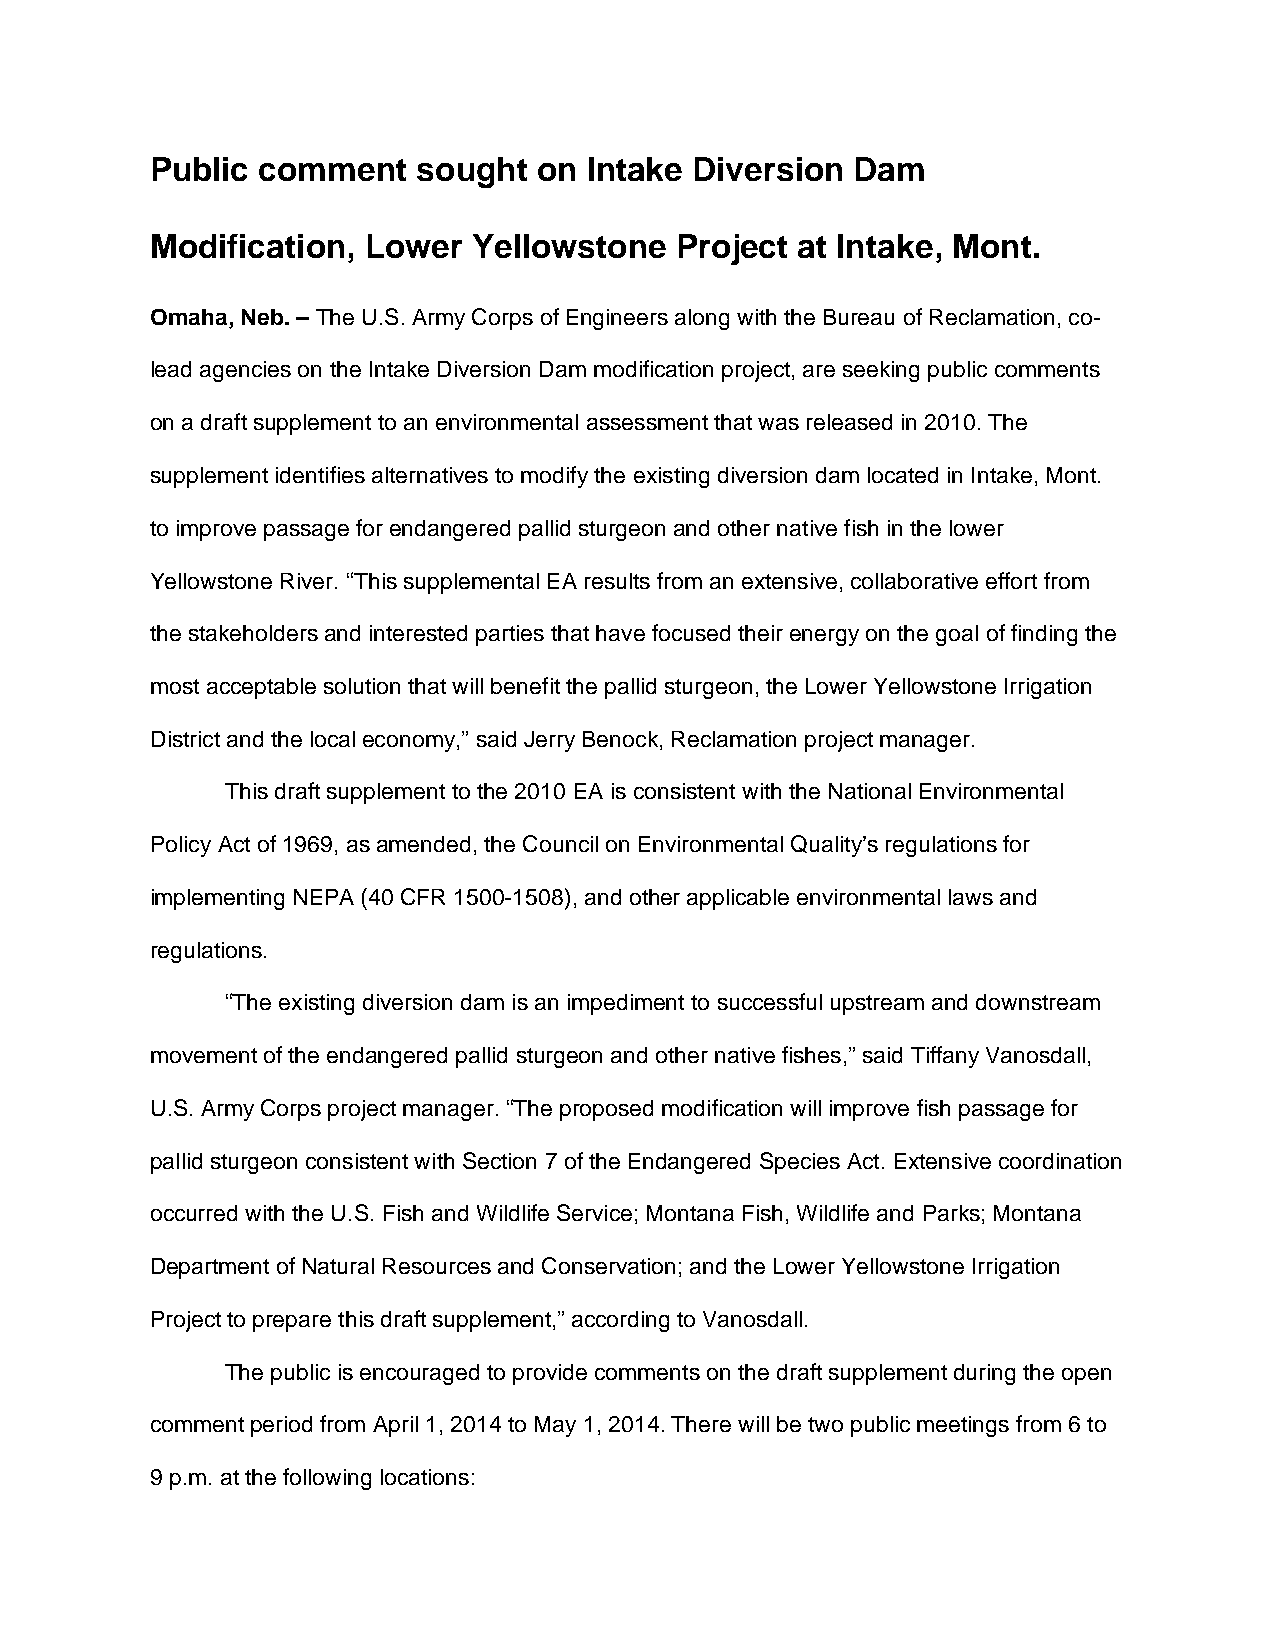
Public comment    sought  on Intake Diversion  Dam
 Modification, Lower  Yellowstone   Project at Intake, Mont.
 Omaha, Neb. – The U.S. Army Corps of Engineers along with the Bureau of Reclamation, co-
 lead agencies on the Intake Diversion Dam modification project, are seeking public comments
 on a draft supplement to an environmental assessment that was released in 2010. The
 supplement identifies alternatives to modify the existing diversion dam located in Intake, Mont.
 to improve passage for endangered pallid sturgeon and other native fish in the lower
 Yellowstone River. “This supplemental EA results from an extensive, collaborative effort from
 the stakeholders and interested parties that have focused their energy on the goal of finding the
 most acceptable solution that will benefit the pallid sturgeon, the Lower Yellowstone Irrigation
 District and the local economy,” said Jerry Benock, Reclamation project manager.
 This draft supplement to the 2010 EA is consistent with the National Environmental
 Policy Act of 1969, as amended, the Council on Environmental Quality’s regulations for
 implementing NEPA (40 CFR 1500-1508), and other applicable environmental laws and
 regulations.
 “The existing diversion dam is an impediment to successful upstream and downstream
 movement of the endangered pallid sturgeon and other native fishes,” said Tiffany Vanosdall,
 U.S. Army Corps project manager. “The proposed modification will improve fish passage for
 pallid sturgeon consistent with Section 7 of the Endangered Species Act. Extensive coordination
 occurred with the U.S. Fish and Wildlife Service; Montana Fish, Wildlife and Parks; Montana
 Department of Natural Resources and Conservation; and the Lower Yellowstone Irrigation
 Project to prepare this draft supplement,” according to Vanosdall.
 The public is encouraged to provide comments on the draft supplement during the open
 comment period from April 1, 2014 to May 1, 2014. There will be two public meetings from 6 to
 9 p.m. at the following locations: